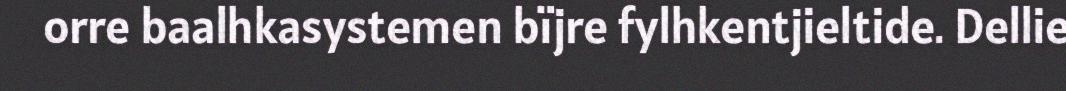
orre baalhkasystemen bïjre fylhkentjieltide. Dellie